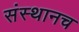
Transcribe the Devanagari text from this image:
संस्थानच